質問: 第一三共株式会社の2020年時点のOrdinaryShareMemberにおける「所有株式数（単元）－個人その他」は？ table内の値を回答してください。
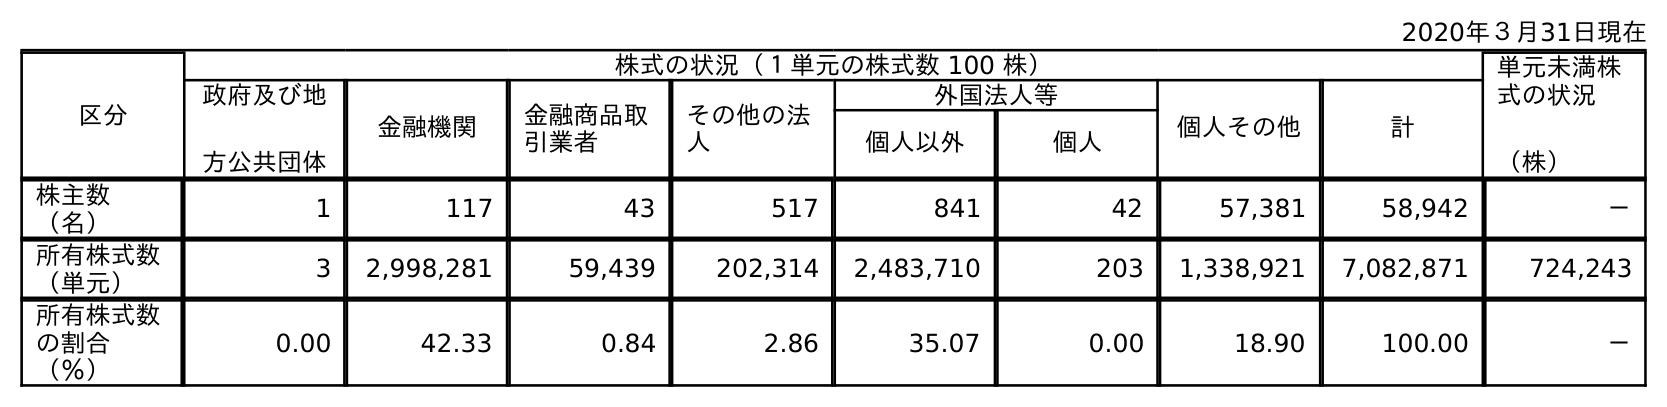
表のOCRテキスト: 2020年３月31日現在 区分 株式の状況（１単元の株式数 100 株） 単元未満株 式の状況 （株） 政府及び地 方公共団体 金融機関 金融商品取 引業者 その他の法 人 外国法人等 個人その他 計 個人以外 個人 株主数 （名） 1 117 43 517 841 42 57,381 58,942 － 所有株式数 （単元） 3 2,998,281 59,439 202,314 2,483,710 203 1,338,921 7,082,871 724,243 所有株式数 の割合 （％） 0.00 42.33 0.84 2.86 35.07 0.00 18.90 100.00 －
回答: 1,338,921